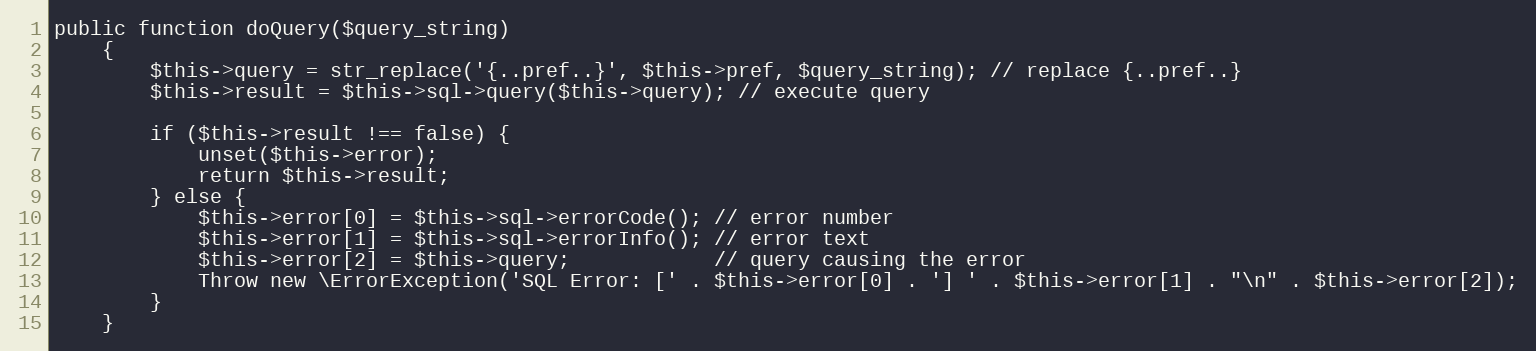
Language: PHP
public function doQuery($query_string)
    {
        $this->query = str_replace('{..pref..}', $this->pref, $query_string); // replace {..pref..}
        $this->result = $this->sql->query($this->query); // execute query

        if ($this->result !== false) {
            unset($this->error);
            return $this->result;
        } else {
            $this->error[0] = $this->sql->errorCode(); // error number
            $this->error[1] = $this->sql->errorInfo(); // error text
            $this->error[2] = $this->query;            // query causing the error
            Throw new \ErrorException('SQL Error: [' . $this->error[0] . '] ' . $this->error[1] . "\n" . $this->error[2]);
        }
    }